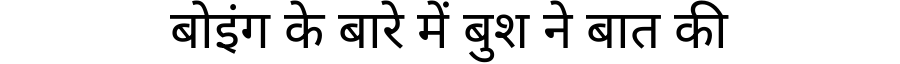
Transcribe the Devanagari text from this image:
बोइंग के बारे में बुश ने बात की